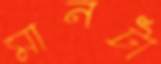
মানটা